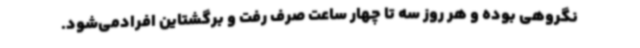
نگروهی بوده و هر روز سه تا چهار ساعت صرف رفت و برگشتاین افرادمی‌شود.